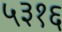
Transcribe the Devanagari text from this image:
५३१६